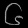
Digit: ၆